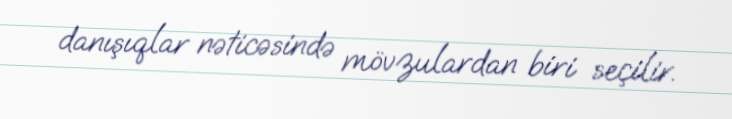
danışıqlar nəticəsində mövzulardan biri seçilir.